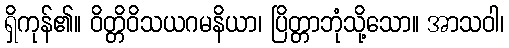
ရှိကုန်၏။ ဝိတ္တိဝိသယဂမနိယာ၊ ပြိတ္တာဘုံသို့သော။ အာသဝါ၊